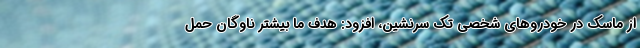
از ماسک در خودروهای شخصی تک سرنشین، افزود: هدف ما بیشتر ناوگان حمل